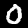
Label: 0